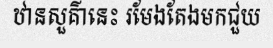
ឋានសួគ៌ានេះ រមែងតែងមកជួយ